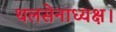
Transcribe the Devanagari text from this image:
थलसेनाध्यक्ष।